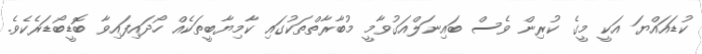
ކުޑައައްޔަ އަކީ މީގެ ކުރިން ވެސް ބައިނަލްއަގުވާމީ މުބާރާތްތަކުގައި ކާމިޔާބީތަކެއް ހޯދައިފައިވާ ބޮޑީބޯޑަރެކެވެ.